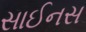
સાઈનસ